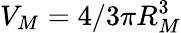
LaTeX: V_{M}=4/3\pi R_{M}^{3}